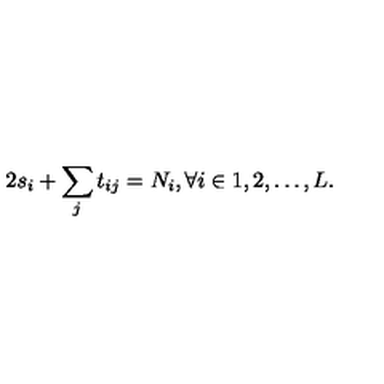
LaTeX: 2 s _ { i } + \sum _ { j } t _ { i j } = N _ { i } , \forall i \in { 1 , 2 , \ldots , L } .